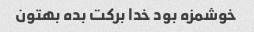
خوشمزه بود خدا برکت بده بهتون